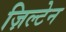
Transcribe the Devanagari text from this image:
ज़िल्टेन